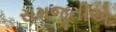
સમજૂતીએ